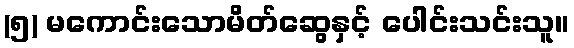
(၅) မကောင်းသောမိတ်ဆွေနှင့် ပေါင်းသင်းသူ။